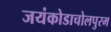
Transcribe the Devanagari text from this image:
जयंकोडाचोलपुरम